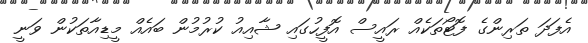
އެފަދަ ތަރިންގެ ފޮޓޯތަކެއް ރައީސް އޮފީހުގައި ޝާއިއު ކުރުމުން ބައެއް މީޑިއާތަކުން ވަނީ